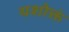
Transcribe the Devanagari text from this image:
यशोक्तं